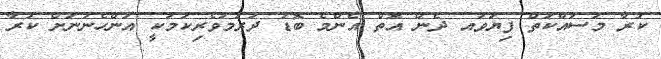
ކުރާ މަސައްކަތް ފިޔަވައ ދެން އޮތް އެންމެ ބޮޑު ދަރުމަވެރިކަމަކީ އަންހެނުނަށް ކުރާ